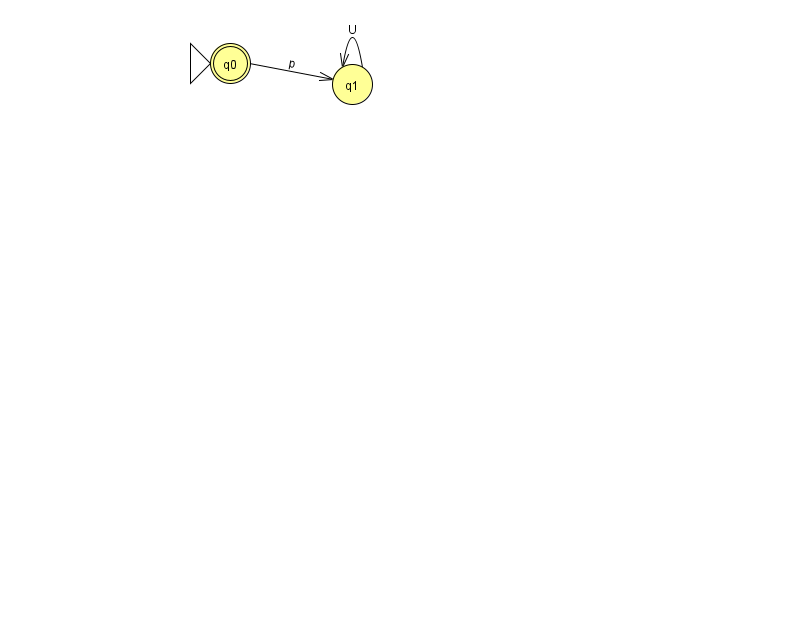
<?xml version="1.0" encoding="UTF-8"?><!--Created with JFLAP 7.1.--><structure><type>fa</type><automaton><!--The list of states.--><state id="0" name="q0"><x>230.0</x><y>50.0</y><initial/><final/></state><state id="1" name="q1"><x>352.0</x><y>71.0</y></state><!--The list of transitions.--><transition><from>1</from><to>1</to><read>U</read></transition><transition><from>0</from><to>1</to><read>p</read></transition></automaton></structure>